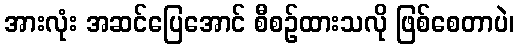
အားလုံး အဆင်ပြေအောင် စီစဉ်ထားသလို ဖြစ်စေတာပဲ၊